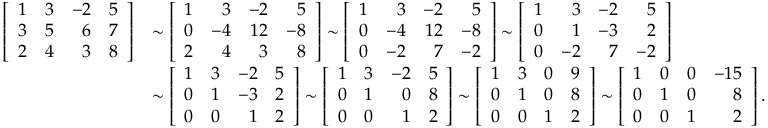
{ \begin{array} { r l } { \left[ { \begin{array} { r r r r } { 1 } & { 3 } & { - 2 } & { 5 } \\ { 3 } & { 5 } & { 6 } & { 7 } \\ { 2 } & { 4 } & { 3 } & { 8 } \end{array} } \right] } & { \sim \left[ { \begin{array} { r r r r } { 1 } & { 3 } & { - 2 } & { 5 } \\ { 0 } & { - 4 } & { 1 2 } & { - 8 } \\ { 2 } & { 4 } & { 3 } & { 8 } \end{array} } \right] \sim \left[ { \begin{array} { r r r r } { 1 } & { 3 } & { - 2 } & { 5 } \\ { 0 } & { - 4 } & { 1 2 } & { - 8 } \\ { 0 } & { - 2 } & { 7 } & { - 2 } \end{array} } \right] \sim \left[ { \begin{array} { r r r r } { 1 } & { 3 } & { - 2 } & { 5 } \\ { 0 } & { 1 } & { - 3 } & { 2 } \\ { 0 } & { - 2 } & { 7 } & { - 2 } \end{array} } \right] } \\ & { \sim \left[ { \begin{array} { r r r r } { 1 } & { 3 } & { - 2 } & { 5 } \\ { 0 } & { 1 } & { - 3 } & { 2 } \\ { 0 } & { 0 } & { 1 } & { 2 } \end{array} } \right] \sim \left[ { \begin{array} { r r r r } { 1 } & { 3 } & { - 2 } & { 5 } \\ { 0 } & { 1 } & { 0 } & { 8 } \\ { 0 } & { 0 } & { 1 } & { 2 } \end{array} } \right] \sim \left[ { \begin{array} { r r r r } { 1 } & { 3 } & { 0 } & { 9 } \\ { 0 } & { 1 } & { 0 } & { 8 } \\ { 0 } & { 0 } & { 1 } & { 2 } \end{array} } \right] \sim \left[ { \begin{array} { r r r r } { 1 } & { 0 } & { 0 } & { - 1 5 } \\ { 0 } & { 1 } & { 0 } & { 8 } \\ { 0 } & { 0 } & { 1 } & { 2 } \end{array} } \right] . } \end{array} }